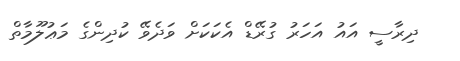
ދިރާސީ އައު އަހަރު ގުރޭޑް އެކަކަށް ވަދެވޭ ކުދިންގެ މަޢުލޫމާތް